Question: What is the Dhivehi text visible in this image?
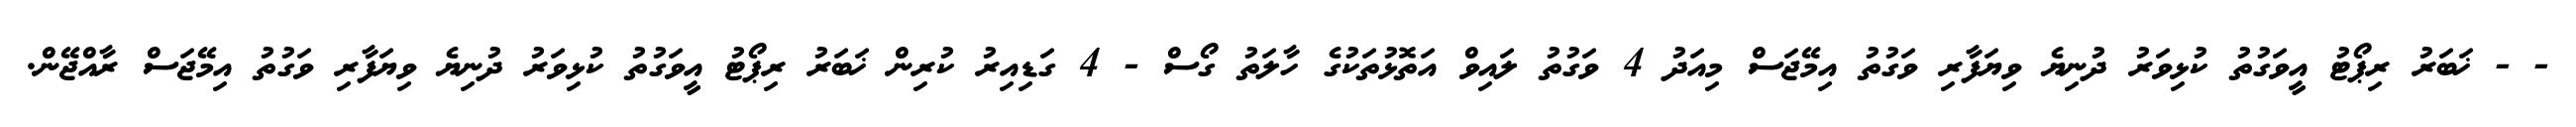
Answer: - - ޚަބަރު ރިޕޯޓު އީވަގުތު ކުޅިވަރު ދުނިޔެ ވިޔަފާރި ވަގުތު އިމޭޖަސް މިއަދު 4 ވަގުތު ލައިވް އަތޮޅުތަކުގެ ހާލަތު ގޯސް - 4 ގަޑިއިރު ކުރިން ޚަބަރު ރިޕޯޓު އީވަގުތު ކުޅިވަރު ދުނިޔެ ވިޔަފާރި ވަގުތު އިމޭޖަސް ރާއްޖޭން.